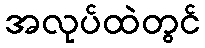
အလုပ်ထဲတွင်